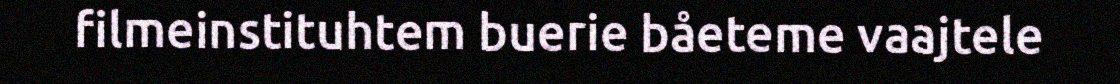
filmeinstituhtem buerie båeteme vaajtele